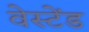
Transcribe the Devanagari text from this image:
वेस्टेंड